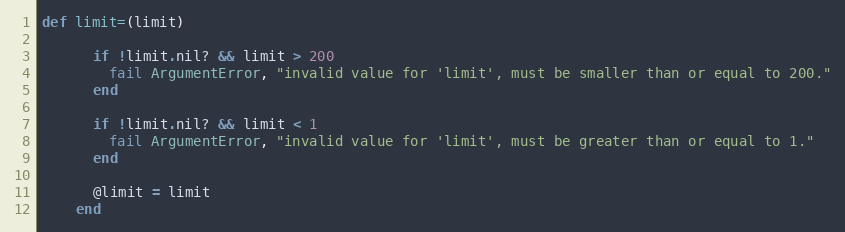
Language: Ruby
def limit=(limit)

      if !limit.nil? && limit > 200
        fail ArgumentError, "invalid value for 'limit', must be smaller than or equal to 200."
      end

      if !limit.nil? && limit < 1
        fail ArgumentError, "invalid value for 'limit', must be greater than or equal to 1."
      end

      @limit = limit
    end